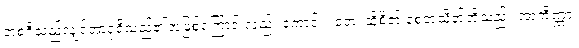
အစရှိသည်လျှင်အာရုံရှိသည်၏အဖြစ်ကြောင့် လည်း ကောင်း။ တေ၊ ထိုစိတ် စေတသိတ်တို့သည်။ အာကိဏ္ဏာ၊